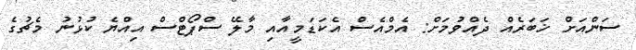
ސަންއަށް ޚަބަރެއް ދެއްވުމަށް: އެމްއެސް އެކަޑަމީއާއި މާލޭ ސްޕޯޓްސް އިއްޔެ ކުޅުނު މެޗުގެ